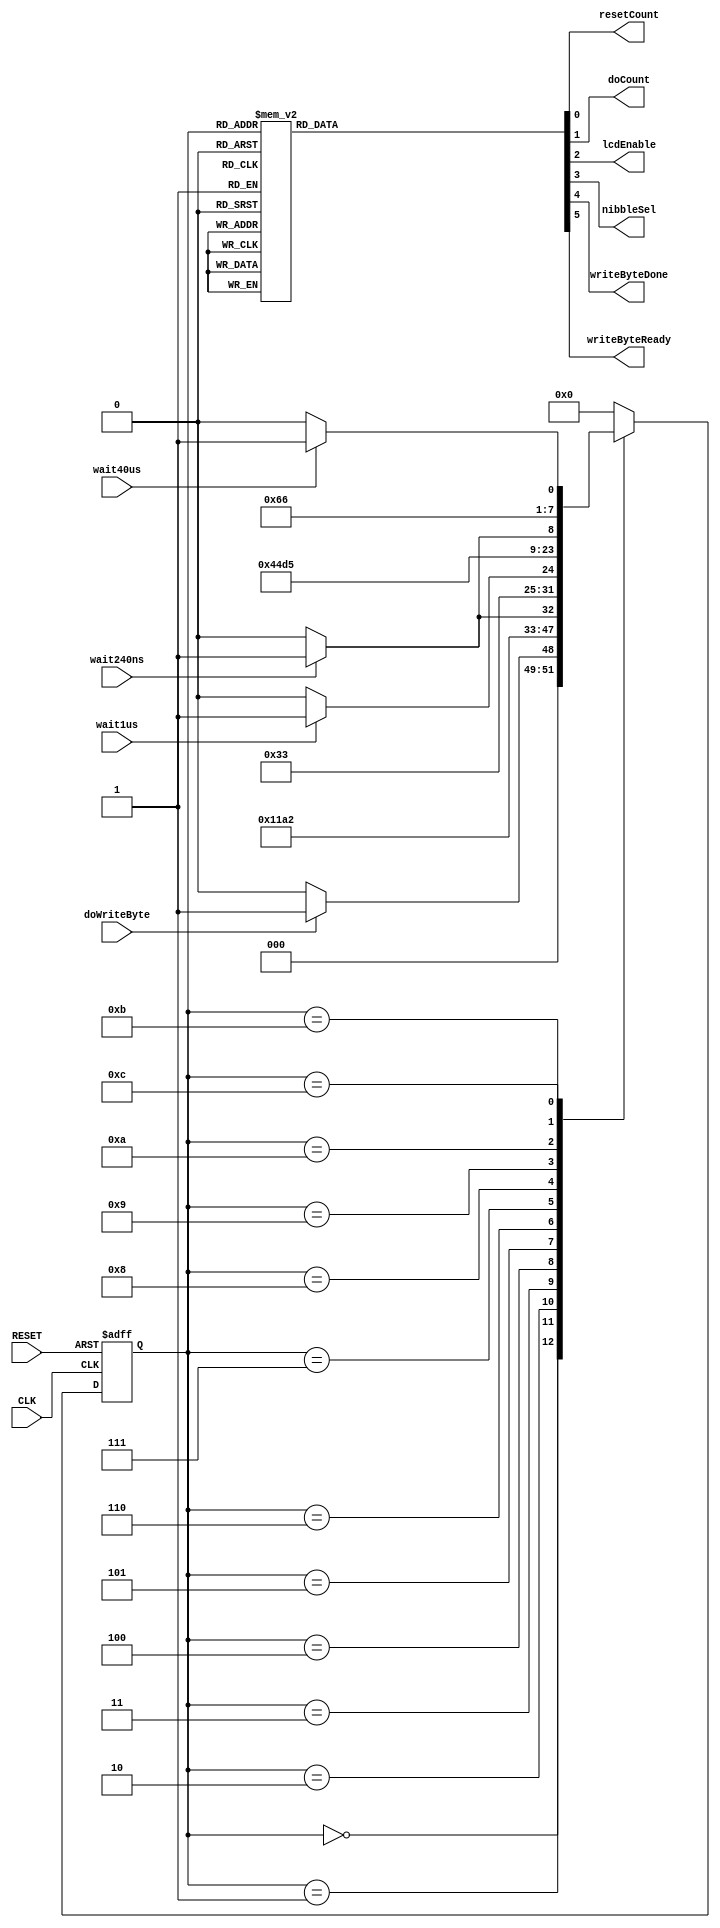
module lcd_write_byte(CLK,
                      RESET,
                      wait240ns,
                      wait1us,
                      wait40us,
                      doWriteByte,
                      resetCount,
                      doCount,
                      lcdEnable,
                      nibbleSel,
                      writeByteDone,
                      writeByteReady
                      );

   input CLK;
   input RESET;
   input wait240ns;
   input wait1us;
   input wait40us;
   input doWriteByte;
   
   output resetCount;
   output doCount;
   output lcdEnable;
   output nibbleSel;
   output writeByteDone;
   output writeByteReady;

   reg resetCount;
   reg doCount;
   reg lcdEnable;
   reg nibbleSel;
   reg writeByteDone; 
   reg writeByteReady;
  
   // state flip-flops
   reg [3:0]     current_state;
   reg [3:0]     next_state;

   // state definitions
   parameter     READY = 0;
   parameter     HIGH_SETUP_START = 1;
   parameter     HIGH_SETUP_DONE = 2;
   parameter     HIGH_HOLD_START = 3;
   parameter     HIGH_HOLD_WAIT = 4;
   parameter     ONE_US_START = 5;
   parameter     ONE_US_WAIT = 6;
   parameter     LOW_SETUP_START = 7;
   parameter     LOW_SETUP_DONE = 8;
   parameter     LOW_HOLD_START = 9;
   parameter     LOW_HOLD_WAIT = 10;
   parameter     FORTY_US_START = 11;
   parameter     FORTY_US_WAIT = 12;
   parameter     DONE = 13;

   // update current state
   always @ (posedge CLK, posedge RESET)
     begin
        if (RESET)
          current_state = READY;
        else
          current_state = next_state;
     end

   // Output signals
   always @ (current_state)
     begin
        resetCount = 0;
        doCount = 0;
        lcdEnable = 0;
        writeByteDone = 0;
        writeByteReady = 0;
        nibbleSel = 0;

        case (current_state)

          READY:
            begin
               writeByteReady = 1;
            end

          HIGH_SETUP_START:
            begin
               lcdEnable = 0;
               nibbleSel = 1;
            end

          HIGH_SETUP_DONE:
            begin
               lcdEnable = 0;
               nibbleSel = 1;
            end

          HIGH_HOLD_START:
            begin
               resetCount = 1;
               doCount = 1;
               lcdEnable = 1;
               nibbleSel = 1;
            end

          HIGH_HOLD_WAIT:
            begin
               doCount = 1;
               lcdEnable = 1;
               nibbleSel = 1;
            end

          ONE_US_START:
            begin
               resetCount = 1;
               doCount = 1;
            end

          ONE_US_WAIT:
            begin
               doCount = 1;
            end

          LOW_SETUP_START:
            begin
               lcdEnable = 0;
               nibbleSel = 0;
            end

          LOW_SETUP_DONE:
            begin
               lcdEnable = 0;
               nibbleSel = 0;
            end

          LOW_HOLD_START:
            begin
               resetCount = 1;
               doCount = 1;
               lcdEnable = 1;
               nibbleSel = 0;
            end

          LOW_HOLD_WAIT:
            begin
               doCount = 1;
               lcdEnable = 1;
               nibbleSel = 0;
            end

          FORTY_US_START:
            begin
               resetCount = 1;
               doCount = 1;
            end

          FORTY_US_WAIT:
            begin
               doCount = 1;
            end

          DONE:
            begin
               writeByteDone = 1;
            end

          default:
            begin
            end

        endcase
     end

   // Next state
   always @ (current_state, doWriteByte, wait240ns, wait1us, wait40us)
     begin
        case (current_state)

          READY:
            begin
               if (doWriteByte)
                 next_state = HIGH_SETUP_START;
               else
                 next_state = READY;
            end

          HIGH_SETUP_START:
            begin
               next_state = HIGH_SETUP_DONE;
            end

          HIGH_SETUP_DONE:
            begin
               next_state = HIGH_HOLD_START;
            end

          HIGH_HOLD_START:
            begin
               next_state = HIGH_HOLD_WAIT;
            end

          HIGH_HOLD_WAIT:
            begin
               if (wait240ns)
                 next_state = ONE_US_START;
               else
                 next_state = HIGH_HOLD_WAIT;
            end

          ONE_US_START:
            begin
               next_state = ONE_US_WAIT;
            end

          ONE_US_WAIT:
            begin
               if (wait1us)
                 next_state = LOW_SETUP_START;
               else
                 next_state = ONE_US_WAIT;
            end

          LOW_SETUP_START:
            begin
               next_state = LOW_SETUP_DONE;
            end

          LOW_SETUP_DONE:
            begin
               next_state = LOW_HOLD_START;
            end

          LOW_HOLD_START:
            begin
               next_state = LOW_HOLD_WAIT;
            end

          LOW_HOLD_WAIT:
            begin
               if (wait240ns)
                 next_state = FORTY_US_START;
               else
                 next_state = LOW_HOLD_WAIT;
            end

          FORTY_US_START:
            begin
               next_state = FORTY_US_WAIT;
            end

          FORTY_US_WAIT:
            begin
               if (wait40us)
                 next_state = DONE;
               else
                 next_state = FORTY_US_WAIT;
            end

          DONE:
            begin
               next_state = READY;
            end

          default:
            begin
               next_state = READY;
            end

        endcase
     end
endmodule